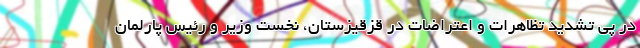
در پی تشدید تظاهرات و اعتراضات در قزقیزستان، نخست وزیر و رئیس پارلمان